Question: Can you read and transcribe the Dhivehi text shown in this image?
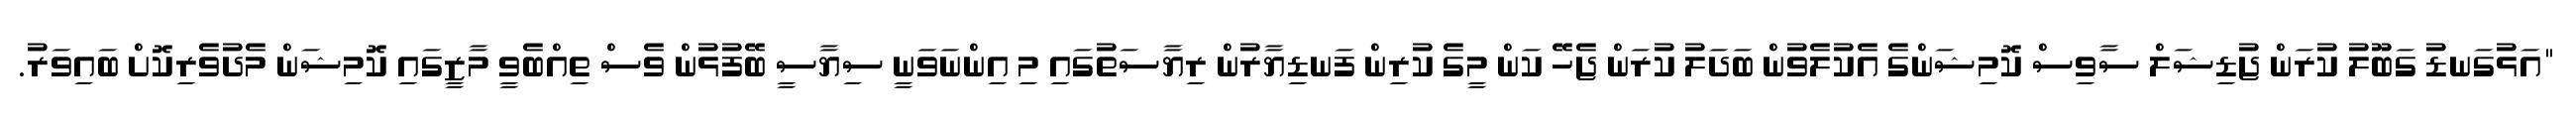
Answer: "އަޅުގަނޑު ގަބޫލު ކުރަން ޖުޑިޝަލް ސާވިސް ކޮމިޝަންގެ އެކުލެވުން ބަދަލު ކުރަން ޖެހޭ ކަން މީގެ ކުރިން ފަނޑިޔާރުން ރިޔާސަތުގައި މި އިންނަވަނީ ސިޔާސީ ބޭފުޅުން ވެސް ތިއްބެވީ މާޒީގައި ކޮމިޝަން މެދުވެރިކޮށް ބައިވަރު.